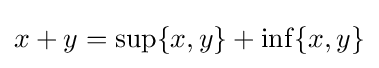
x+y=\sup\{x,y\}+\inf\{x,y\}